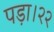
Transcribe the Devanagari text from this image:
पड़ा।२२